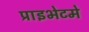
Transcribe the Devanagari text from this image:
प्राइभेटमे